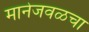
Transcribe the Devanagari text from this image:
मानेजवळचा